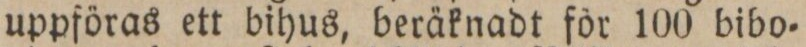
uppföras ett bihus, beräknadt för 100 bibo=